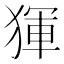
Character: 𤟤